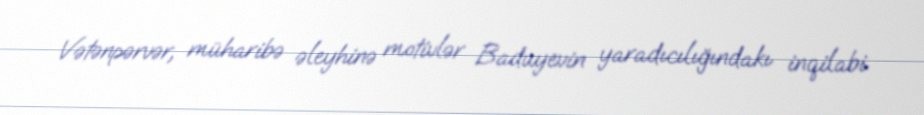
Vətənpərvər, müharibə əleyhinə motivlər Baduyevin yaradıcılığındakı inqilabi